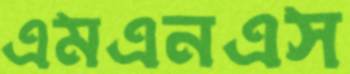
এমএনএস